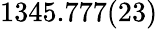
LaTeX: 1345.777(23)